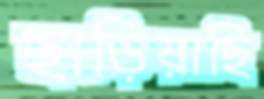
ছাড়িয়াছি